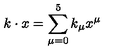
k \cdot x = \sum _ { \mu = 0 } ^ { 5 } k _ { \mu } x ^ { \mu }